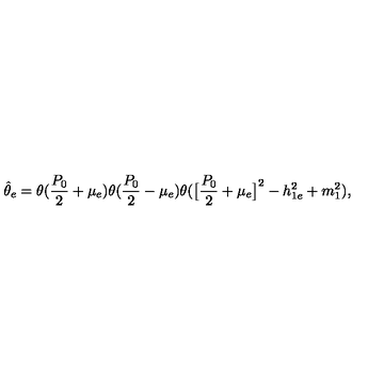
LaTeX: \hat { \theta } _ { e } = \theta ( { \frac { P _ { 0 } } { 2 } } + \mu _ { e } ) \theta ( { \frac { P _ { 0 } } { 2 } } - \mu _ { e } ) \theta ( \big [ { \frac { P _ { 0 } } { 2 } } + \mu _ { e } \big ] ^ { 2 } - h _ { 1 e } ^ { 2 } + m _ { 1 } ^ { 2 } ) ,